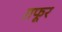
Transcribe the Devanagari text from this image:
ग़फूर